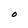
Character: O